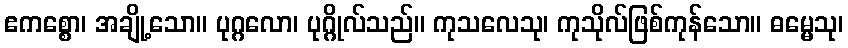
ဧကစ္စော၊ အချို့သော။ ပုဂ္ဂလော၊ ပုဂ္ဂိုလ်သည်။ ကုသလေသု၊ ကုသိုလ်ဖြစ်ကုန်သော။ ဓမ္မေသု၊